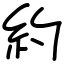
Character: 約